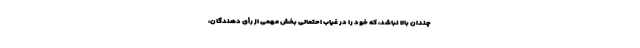
چندان بالا نباشد، که خود را در غیاب احتمالی بخش مهمی از رأی دهندگان،